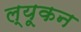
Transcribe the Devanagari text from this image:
ल्यूकन